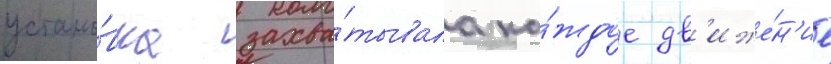
устано́вка захва́тывала ка́ждое дв'иже́н'ие